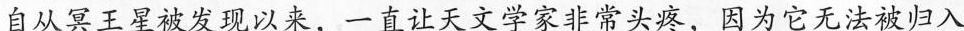
自从冥王被发现以，一直让天文学家常关，因为它无法被归入